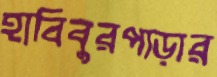
হাবিবুরপাড়ার